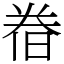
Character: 𣇃